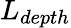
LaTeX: L_{depth}